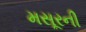
મસૂરની